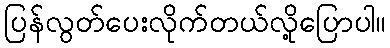
ပြန်လွတ်ပေးလိုက်တယ်လို့ပြောပါ။